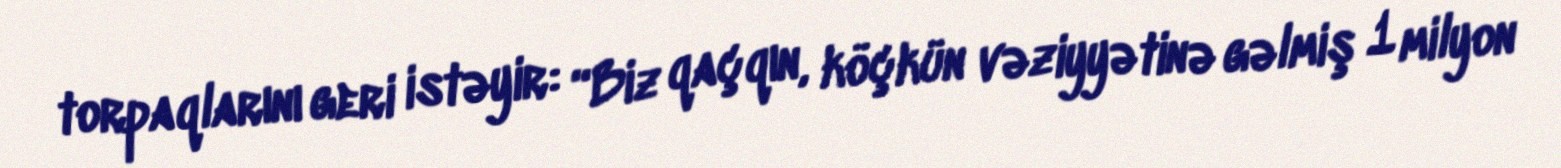
torpaqlarını geri istəyir: “Biz qaçqın, köçkün vəziyyətinə gəlmiş 1 milyon